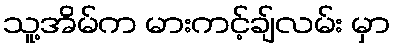
သူ့အိမ်က မားကင့်ချ်လမ်း မှာ